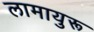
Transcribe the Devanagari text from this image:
लामायुरू